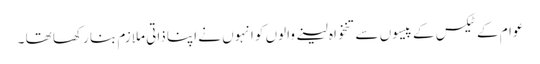
عوام کے ٹیکس کے پیسوں سے تنخواہ لینے والوں کو انہوں نے اپنا ذاتی ملازم بنا رکھا تھا ۔